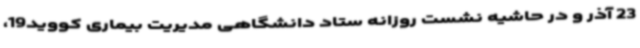
23 آذر و در حاشیه نشست روزانه ستاد دانشگاهی مدیریت بیماری کووید19،